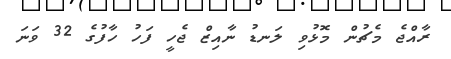
ރާއްޖެ މެޗުން މޮޅުވި ލަނޑު ނާއިޒް ޖެހީ ފަހު ހާފުގެ 32 ވަނަ